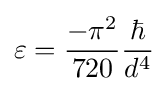
\varepsilon ={\frac {-\pi ^{2}}{720}}{\frac {\hbar }{d^{4}}}